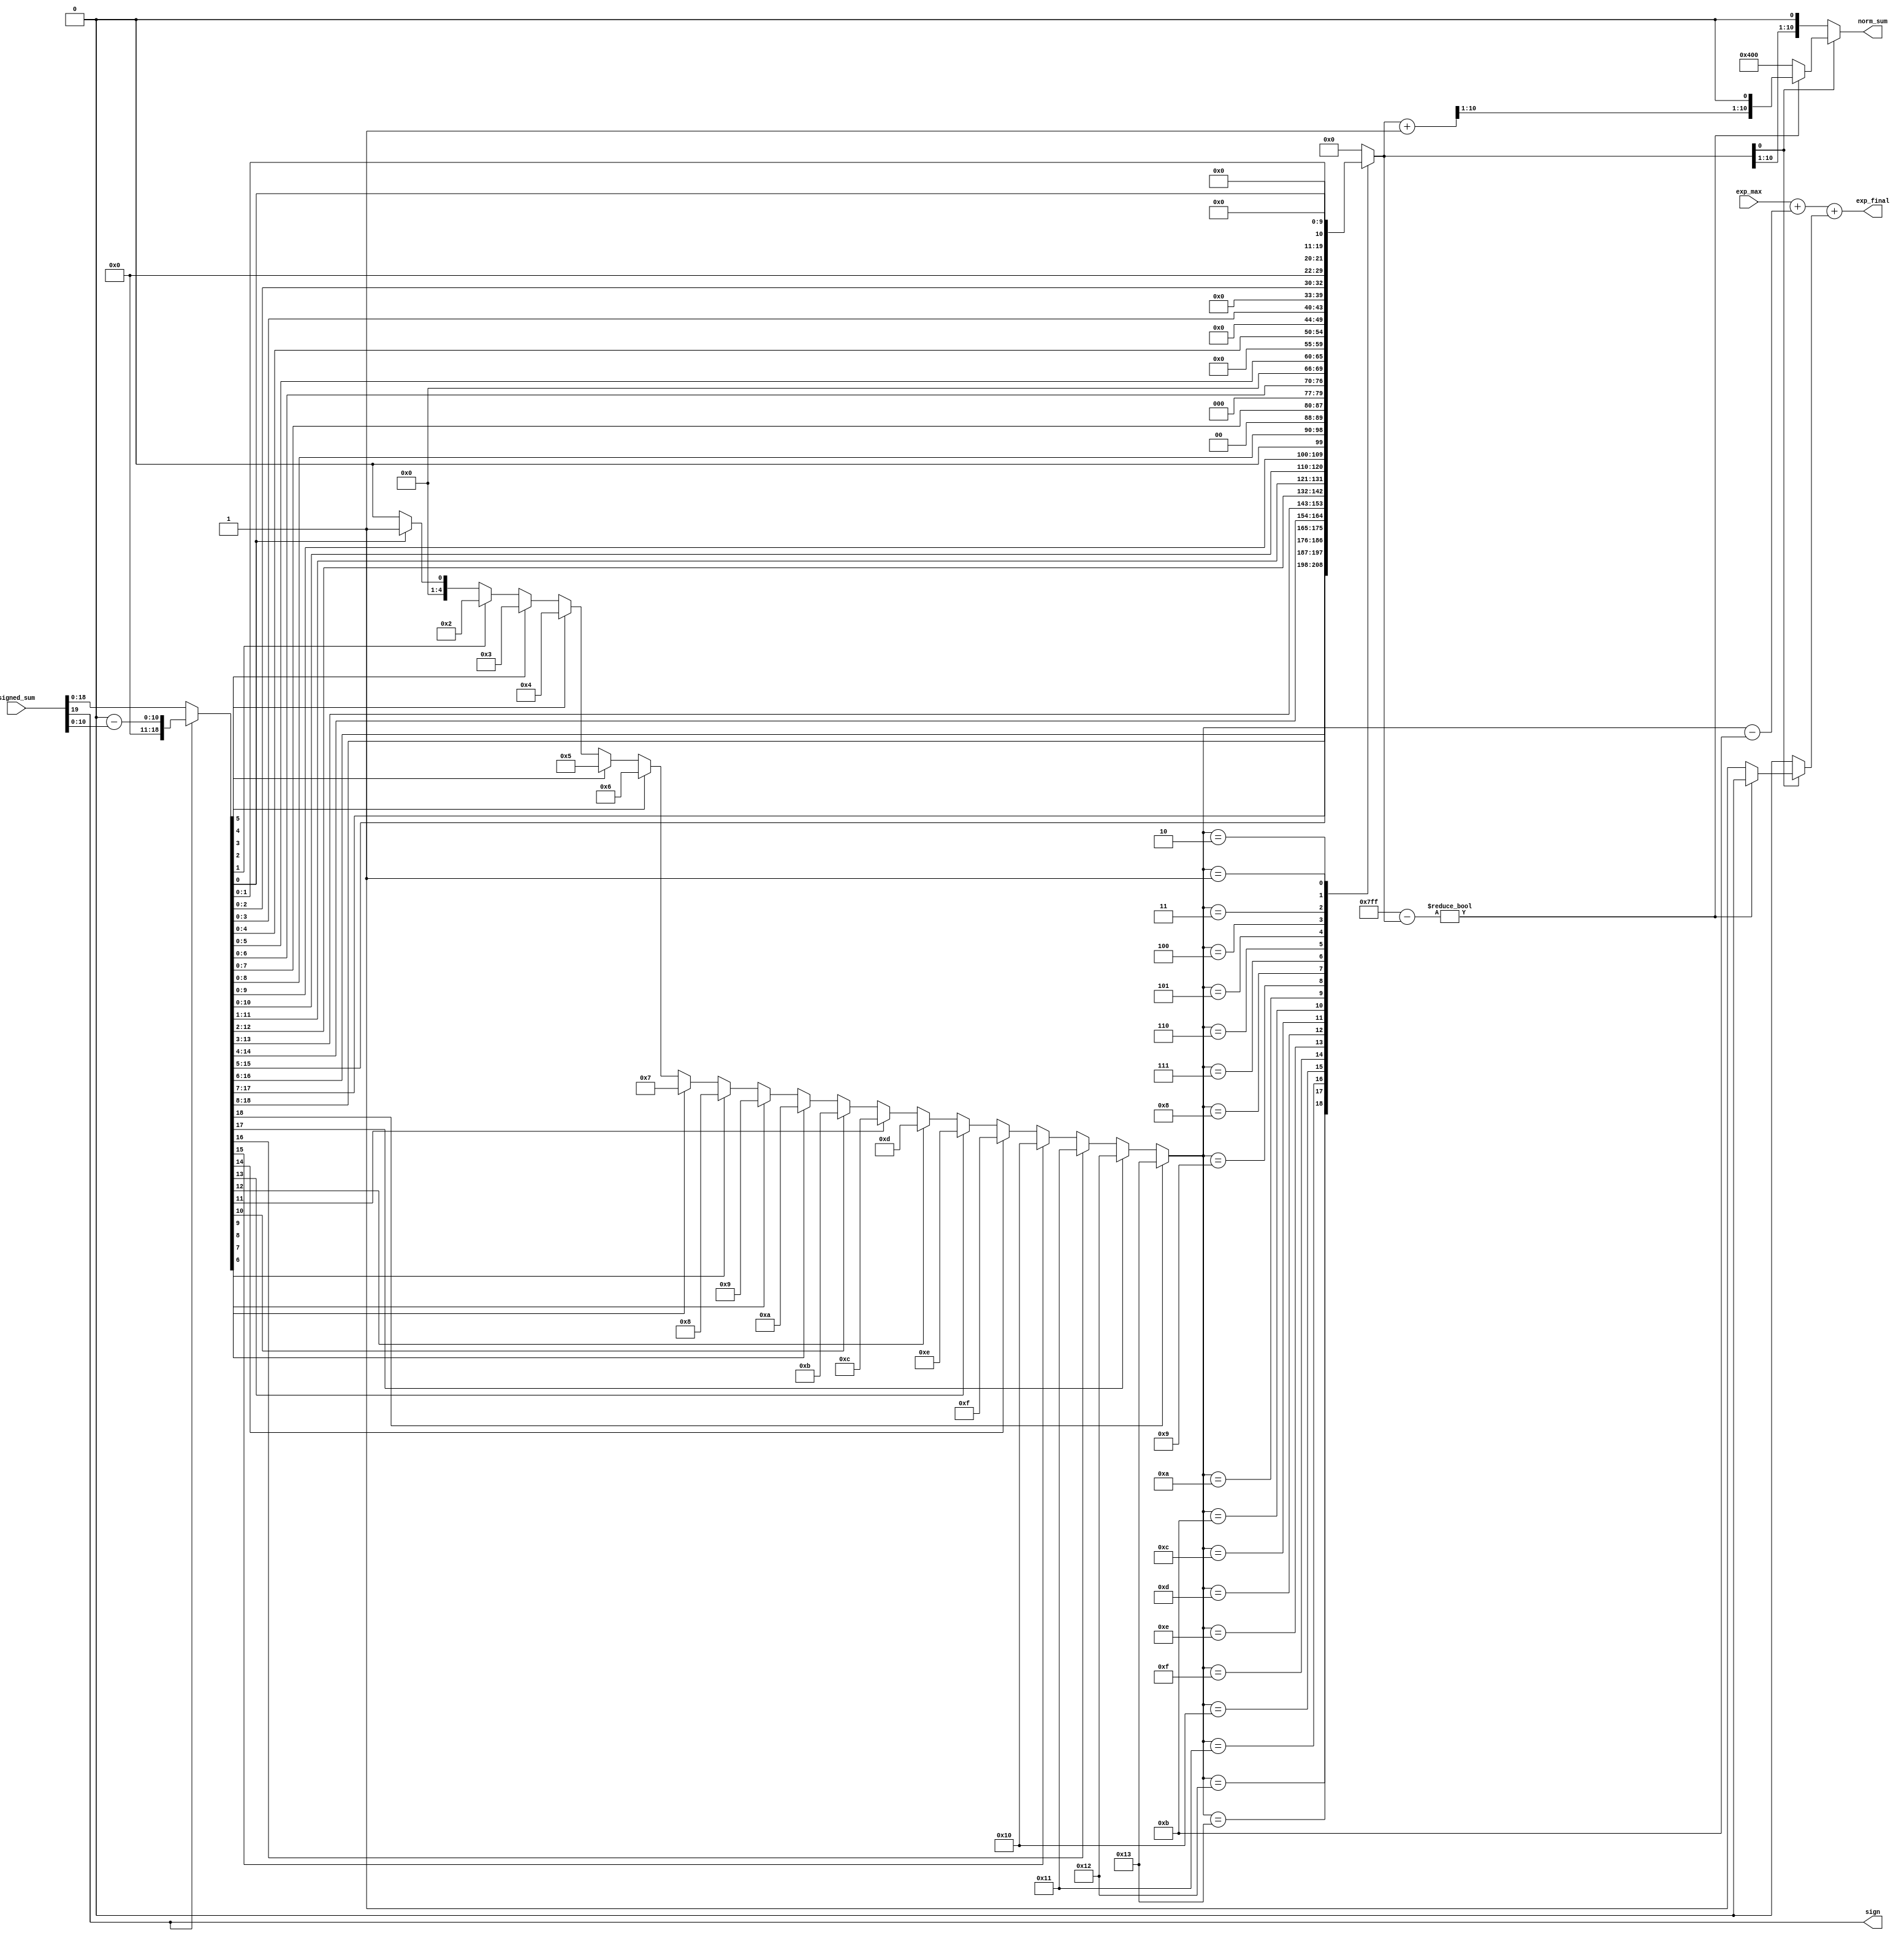
module normalization (input signed [19:0] signed_sum, 
                      input signed [5:0] exp_max, 
                      output reg sign, 
                      output reg [10:0] norm_sum, 
                      output reg signed [6:0] exp_final);
    integer i;
    reg [19:0] unsign_sum;
    reg [4:0] leading_one;
    reg [10:0] shifted_sum;
    reg signed [4:0] exp_diff;
    reg [10:0] temp;
    reg signed exp_carry;
    
    
    always @ (signed_sum or exp_max) begin
        // sign
        sign = signed_sum[19];

        // Unsign
        if (sign) begin
            temp = 20'b10000000000000000000;
            temp = temp - signed_sum[18:0];
            unsign_sum = temp;
        end
        else unsign_sum = signed_sum;

        // Leading One Detector
        leading_one = 0;
        for (i=0; i<19; i=i+1) begin
            if (unsign_sum[i]) begin
                leading_one = i + 1;
            end
        end

        // LUT-based Shifter
        case (leading_one) 
            19 : shifted_sum = unsign_sum[18:8];
            18 : shifted_sum = unsign_sum[17:7];
            17 : shifted_sum = unsign_sum[16:6];
            16 : shifted_sum = unsign_sum[15:5];
            15 : shifted_sum = unsign_sum[14:4];
            14 : shifted_sum = unsign_sum[13:3];
            13 : shifted_sum = unsign_sum[12:2];
            12 : shifted_sum = unsign_sum[11:1];
            11 : shifted_sum = unsign_sum[10:0];
            10 : shifted_sum = {unsign_sum[9:0], 1'b0};
            9 : shifted_sum = {unsign_sum[8:0], 2'b0};
            8 : shifted_sum = {unsign_sum[7:0], 3'b0};
            7 : shifted_sum = {unsign_sum[6:0], 4'b0};
            6 : shifted_sum = {unsign_sum[5:0], 5'b0};
            5 : shifted_sum = {unsign_sum[4:0], 6'b0};
            4 : shifted_sum = {unsign_sum[3:0], 7'b0};
            3 : shifted_sum = {unsign_sum[2:0], 8'b0};
            2 : shifted_sum = {unsign_sum[1:0], 9'b0};
            1 : shifted_sum = {unsign_sum[0], 10'b0};
            default : shifted_sum = 0;
        endcase

        // Exponent Difference
        exp_diff = leading_one - 11;
        // $display("exp_diff: ", exp_diff);

        // Round to Nearest Even
        // Q: Why Even?
        if (shifted_sum[0]) begin
            temp = 11'b11111111111;
            temp = temp - shifted_sum;
            if (temp) begin
                exp_carry = 0;
                shifted_sum = shifted_sum + 1;
                norm_sum = {shifted_sum[10:1], 1'b0};
            end
            else begin
                exp_carry = 1;
                norm_sum = 11'b10000000000;
            end
        end
        else begin
            norm_sum = shifted_sum;
            exp_carry = 0;
        end

        // Signed Adder
        exp_final = exp_max + exp_diff + exp_carry;

    end
    
endmodule